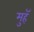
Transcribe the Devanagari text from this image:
मुहॅ